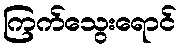
ကြက်သွေးရောင်